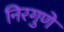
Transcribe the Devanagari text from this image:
निरगुणे